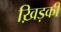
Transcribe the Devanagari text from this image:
ख़िड़की